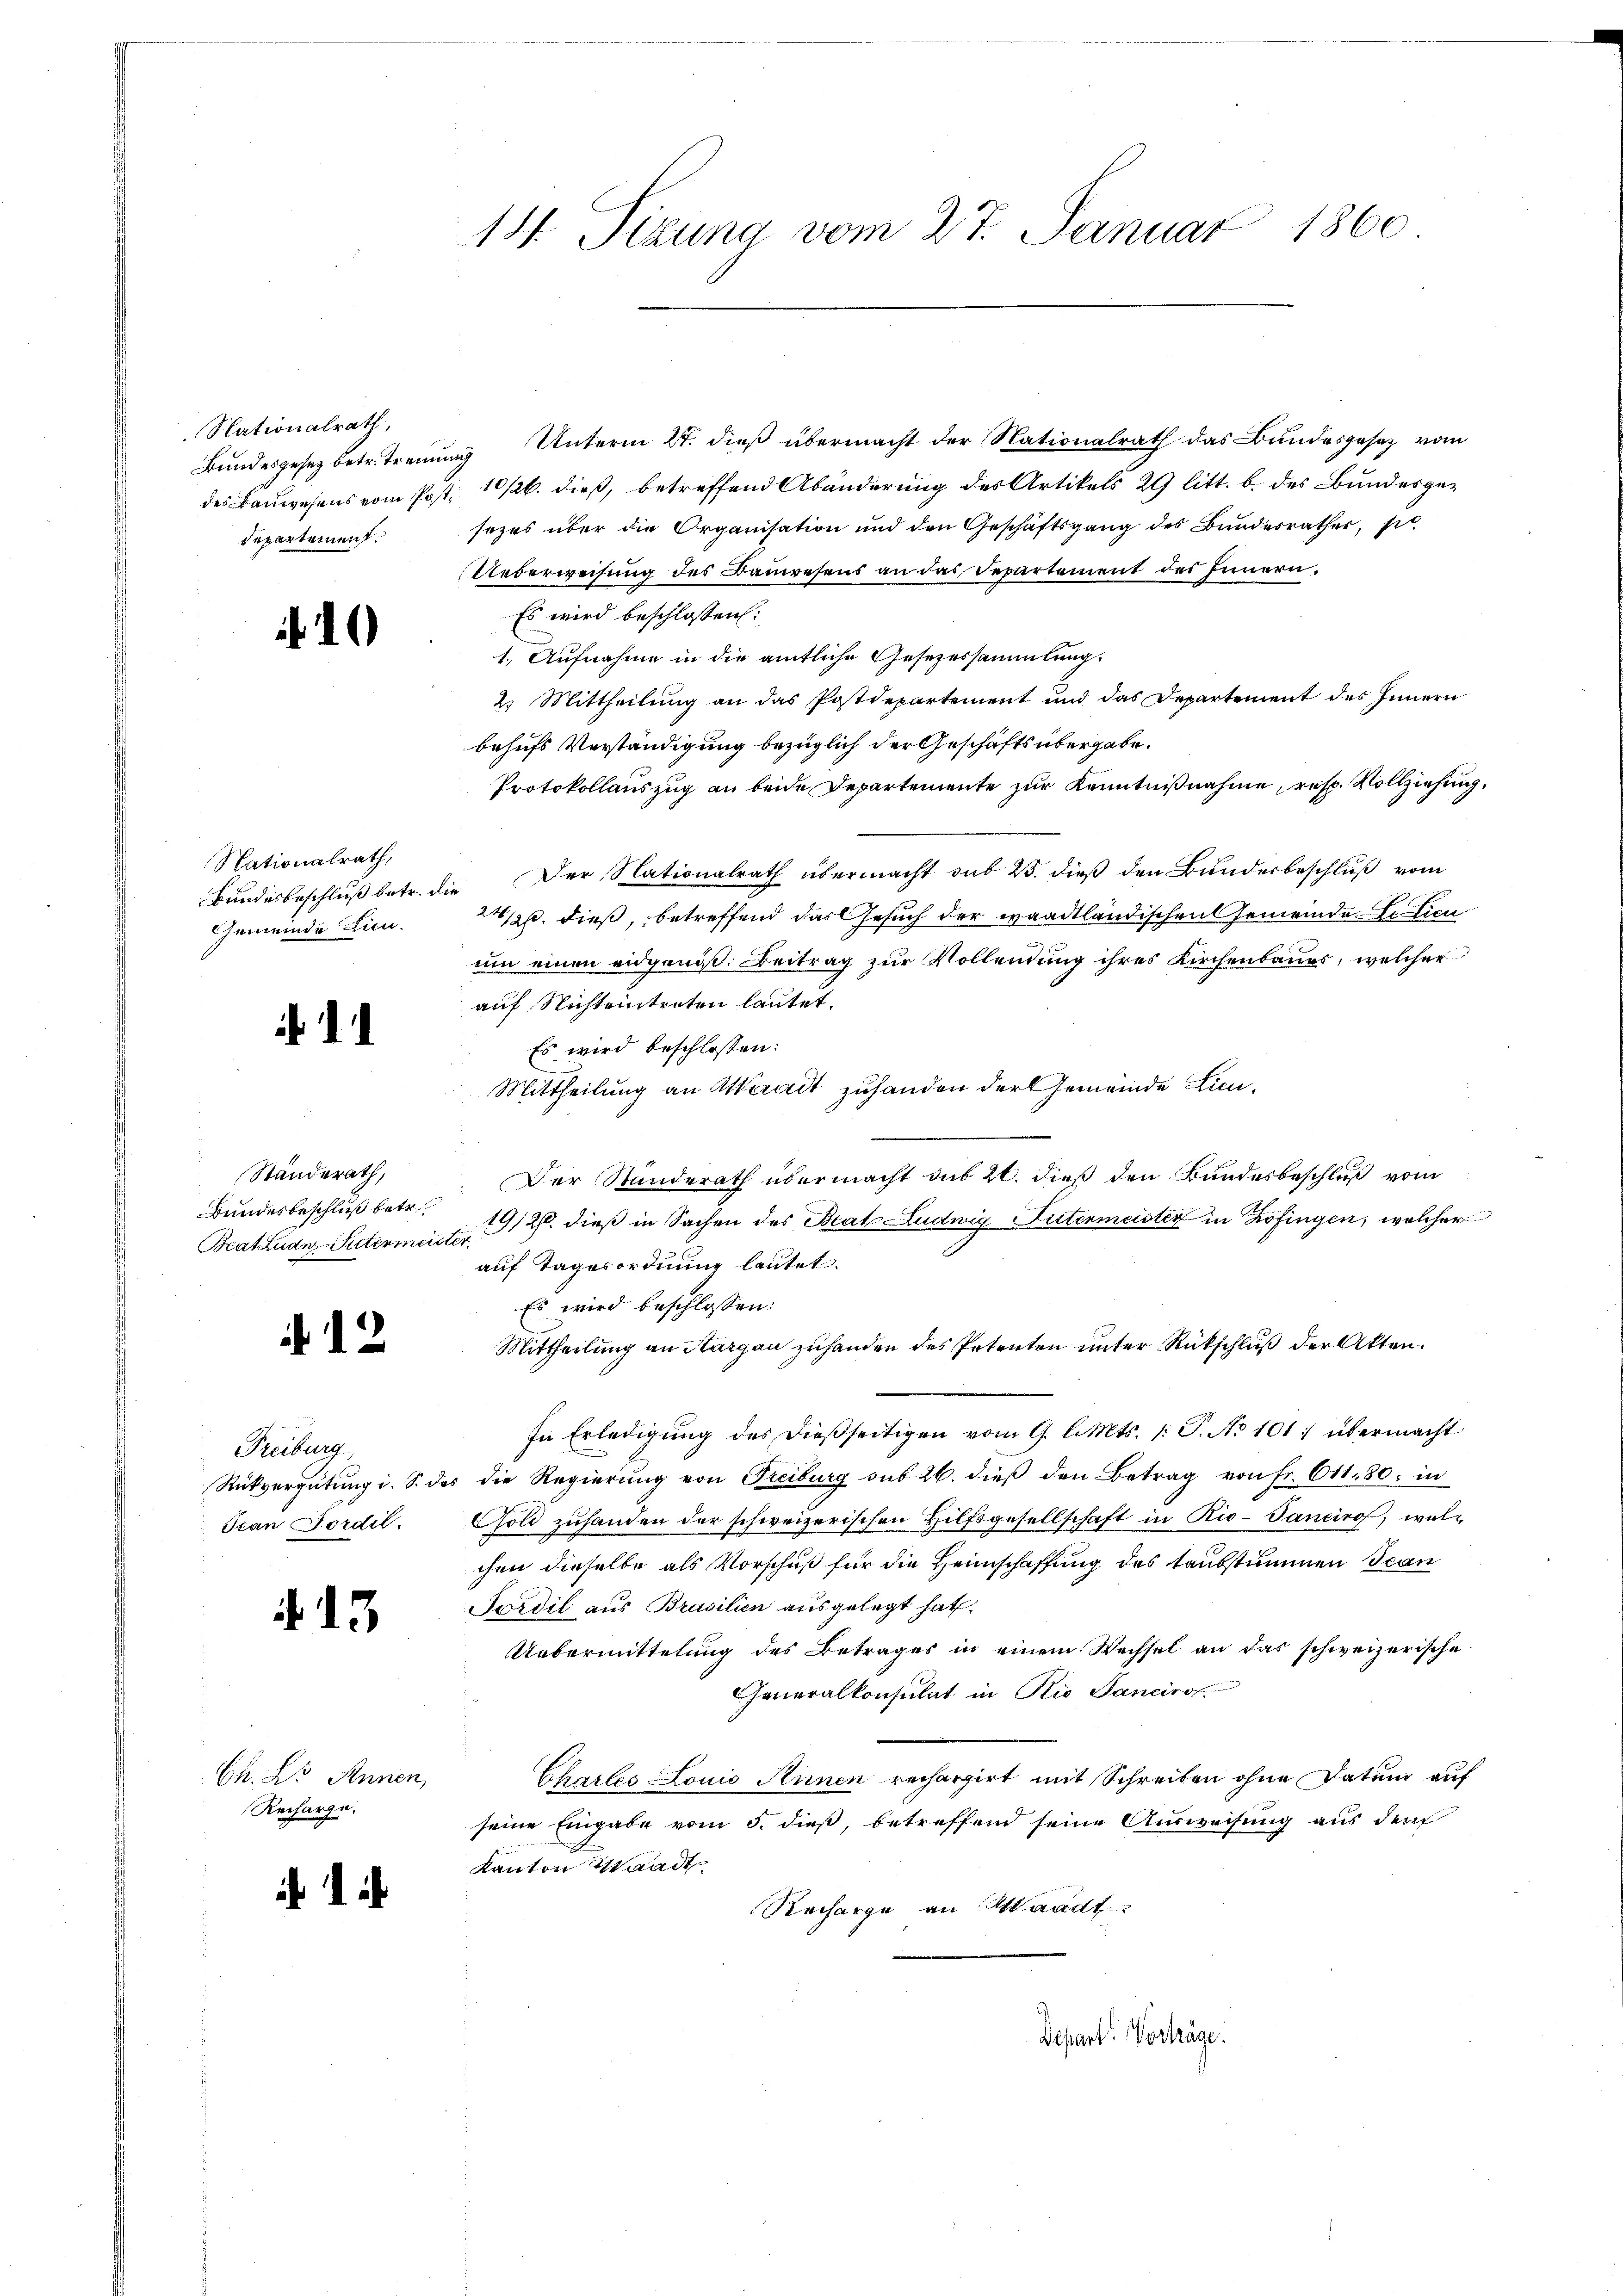
Nationalrath,
Bundesgesez betr. Trenne
des Bauwesens vom Postdepartement.

Nationalrath,
Bundesbeschluß betr. de
Gemeinde Lien.

Standerath,
Bundesbeschluß betr.
Brat Lude-Intermeiste

12

Reiburg
Rückvergütung i. S. das
Scan Jordil.

13

Ch. Dr Annen,
Recharge.

111. Sizung vom 27. Januar 1860

g Unterm 27. dieß übermacht der Nationalrath das Bundesgesetz vom
10/26. dieß, betreffend Abänderung des Artikels 29 litt. b. des Bundesgesezes über die Organisation und den Geschäftsgang des Bundesrather, pl.
Ueberweisung des Bauwesens an das Departement des Innern.
Es wird beschlossen:
1.) Aufnahme in die amtliche Gesezessammlung.
2. Mittheilŭng an das Postdepartement und das Departement des Innern
behufs Verständigung bezüglich der Geschäftsübergabe.
Protokollauszug an beide Departemente zur Kenntnißnahme, resp. Vollziehung,
Der Nationalrath übermacht sub 25. dieß den Bunderbeschluß vom
24/26. dieß, betreffend das Gesuch der waadtländischen Gemeinde. Er hien
um einen eidgenöß: Beitrag zur Vollendung ihres Kirchenbaues, welcher
auf Nichteintreten lautet.
Es wird beschlossen:
Mittheilung an Murait zuhanden der Gemeinde Lieu¬
Der Standerath übermacht das 20. dieß den Bundesbeschluß vom
19/26. dieß in Sachen des Beat Ludwig Gütermeister in Zofingen, welcher
s
auf Tagesordnung lautet.
Es wird beschlossen:
Mittheilung an Margau zuhanden des Petenten unter Rückschluß der Akten.
In Erledigŭng des dießseitigen vom 9. l. Mts. 1. P. No 101: übermacht
die Regierung von Freiburg sub 26. dieß den Betrag von Fr. 611. 80, in
Gold zuhanden der schweizerischen Hilfsgesellschaft in Rio-Tancino, welchen dieselbe als Vorschuß für die Heimschaffung des taubstummen Stan
Sardil aus Brasilien ausgelegt hat.
Uebermittelung des Betrages in einem Wechsel an das schweizerische
Generalkonsulat in Rio Sancirof.
Chartes Lonio Annen rechargirt mit Schreiben ohne Datum auf
seine Eingabe vom 5. dieß, betreffend seine Ausweisung aus der
Kanton Waadt
Recharge an Waadt.

Depart. Vorträge.